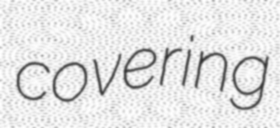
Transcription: covering